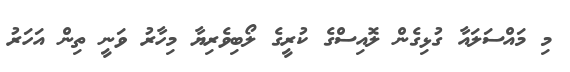
މި މައްސަލައާ ގުޅިގެން ލޮއިސްގެ ކުރީގެ ލޯބިވެރިޔާ މިހާރު ވަނީ ތިން އަހަރު